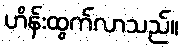
ဟိန်းထွက်လာသည်။